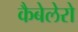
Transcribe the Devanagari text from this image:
कैबेलेरो